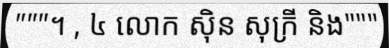
"""។ , ៤ លោក ស៊ិន សុក្រី និង"""